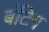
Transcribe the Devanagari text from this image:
बंटिग